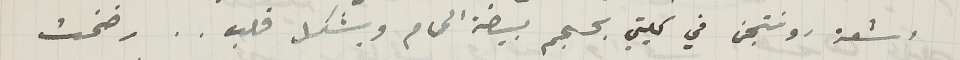
اشعة رونتجن  في كليتي بحجم بيضة الحمام وبشكل قلب.. رضخت